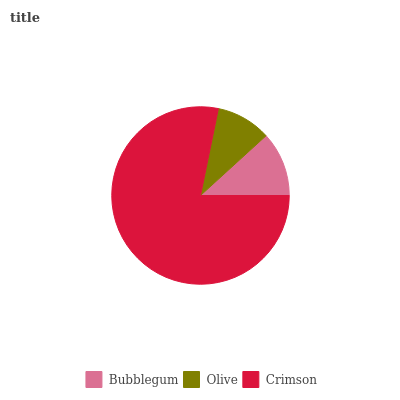
| Bubblegum | Olive | Crimson |
 | --- | --- | --- |
 | 11.8% | 10% | 78.2% |